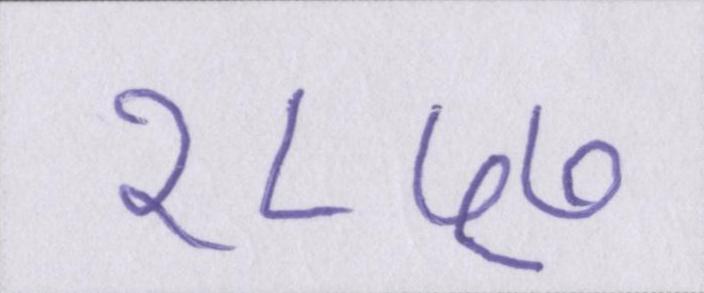
१८५७